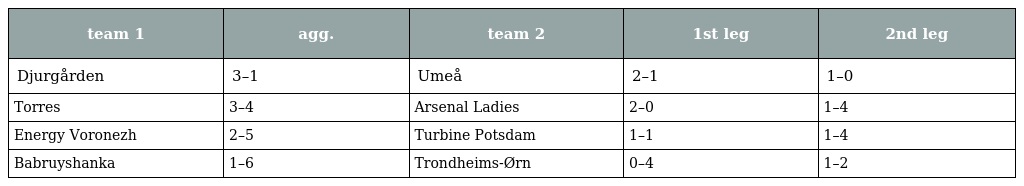
| team 1 | agg. | team 2 | 1st leg | 2nd leg |
 | --- | --- | --- | --- | --- |
 | Djurgården | 3–1 | Umeå | 2–1 | 1–0 |
 | Torres | 3–4 | Arsenal Ladies | 2–0 | 1–4 |
 | Energy Voronezh | 2–5 | Turbine Potsdam | 1–1 | 1–4 |
 | Babruyshanka | 1–6 | Trondheims-Ørn | 0–4 | 1–2 |